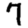
Digit: 7